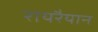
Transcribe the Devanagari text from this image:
रायरैयान